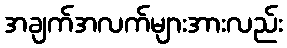
အချက်အလက်များအားလည်း